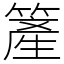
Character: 簅